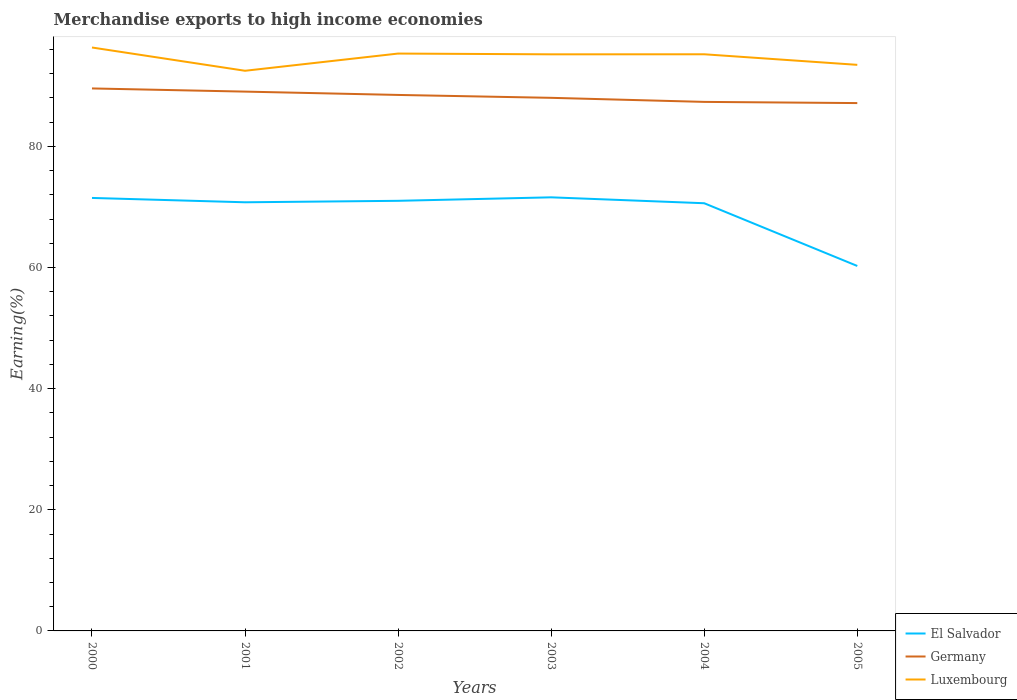
| Years | El Salvador | Germany | Luxembourg |
 | --- | --- | --- | --- |
 | 2000 | 71.5 | 89.6 | 96.3 |
 | 2001 | 70.8 | 89 | 92.5 |
 | 2002 | 71 | 88.5 | 95.3 |
 | 2003 | 71.6 | 88 | 95.2 |
 | 2004 | 70.6 | 87.3 | 95.2 |
 | 2005 | 60.3 | 87.1 | 93.5 |